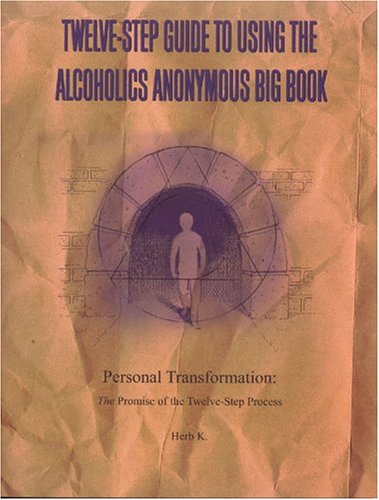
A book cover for Twelve-Step Guide to Using The Alcoholics Anonymous Big Book: Personal Transformation: The Promise of the Twelve-Step Process; Herb K.; Health, Fitness & Dieting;